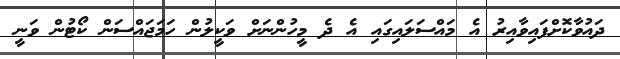
ދައުވާކޮށްފައިވާއިރު އެ މައްސަލައިގައި އެ ދެ މީހުންނަށް ވަކީލުން ހަމަޖައްސަން ކޯޓުން ވަނީ